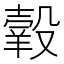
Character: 𦎯